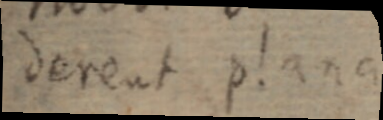
derent plana